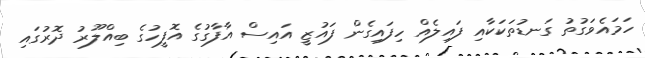
ހަމައެވަގުތު ގަނޑުތަކަކާއި ފައިލެއް ހިފައިގެން ފައުޒީ އައިސް އާފާގުގެ އޮފީހުގެ ބިއްލޫރު ދޮރުގައި